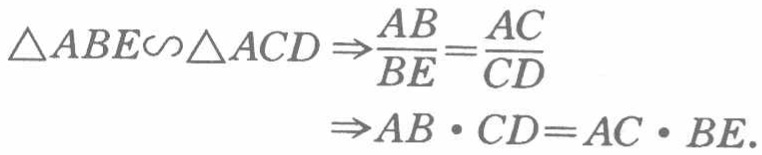
\(\triangle ABE\sim\triangle ACD\Rightarrow\frac{AB}{BE}=\frac{AC}{CD}\Rightarrow AB\cdot CD = AC\cdot BE\)